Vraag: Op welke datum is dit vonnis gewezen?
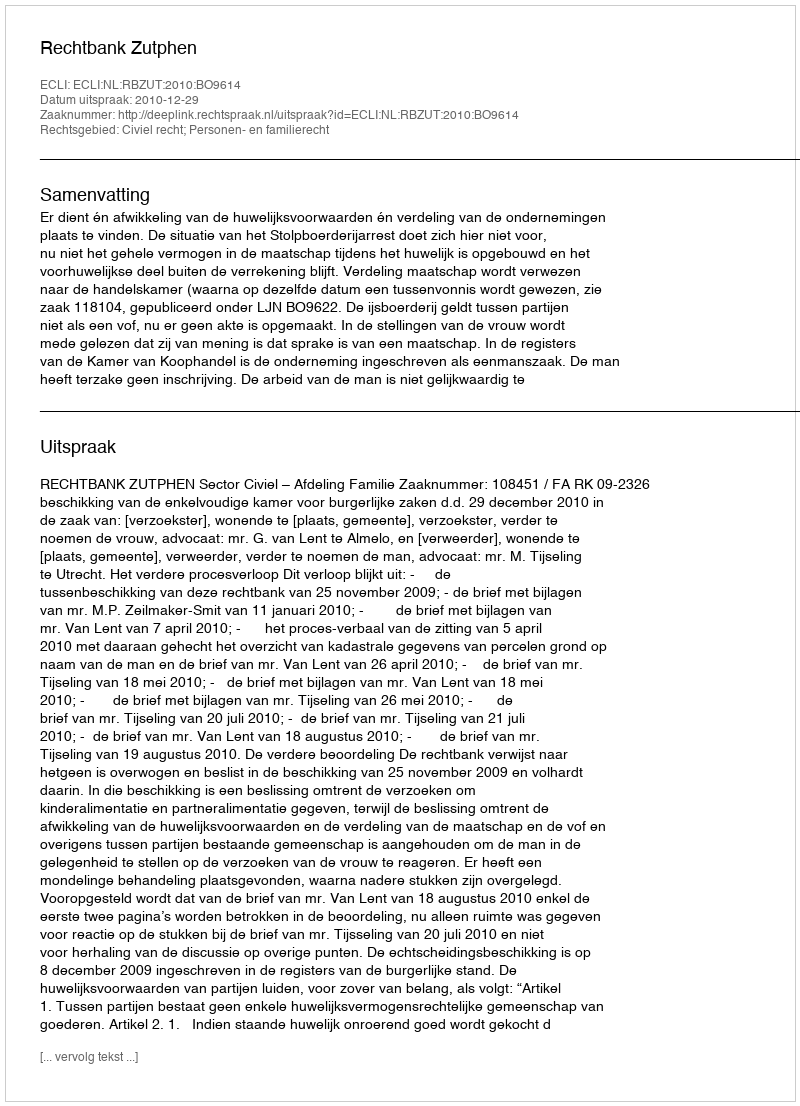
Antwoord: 2010-12-29